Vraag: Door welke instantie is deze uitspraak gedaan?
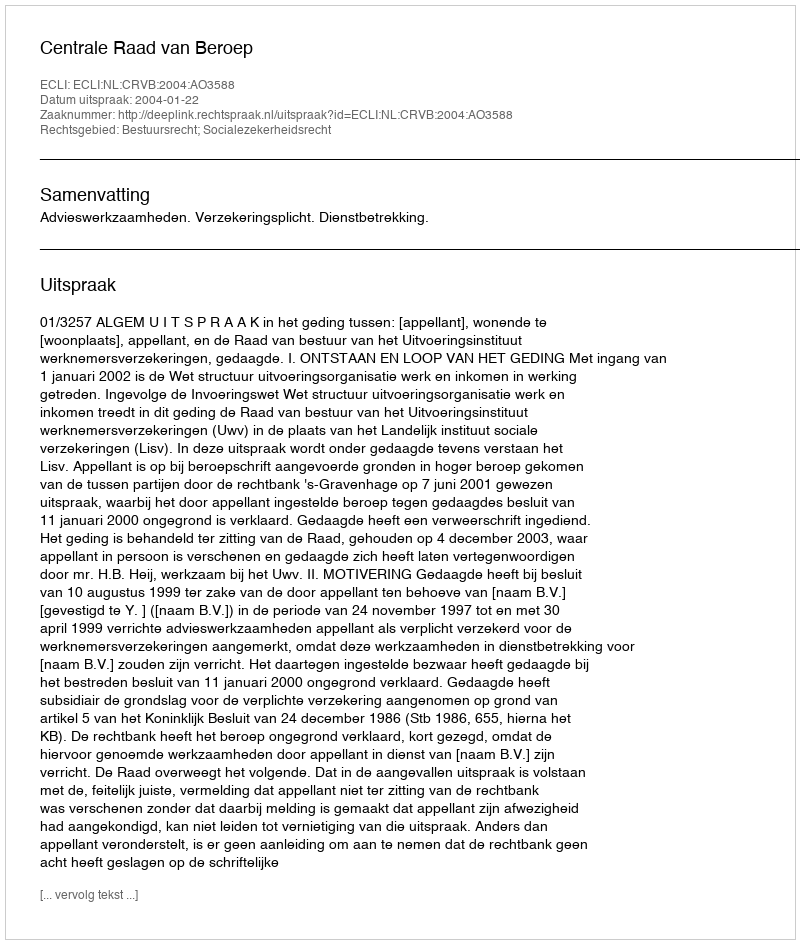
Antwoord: Centrale Raad van Beroep